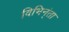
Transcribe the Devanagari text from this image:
विभिन्ंता